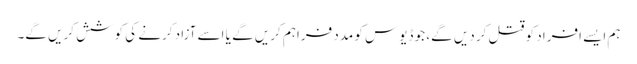
ہم ایسے افراد کو قتل کر دیں گے، جو ڈیوس کو مدد فراہم کریں گے یا اسے آزاد کرنے کی کوشش کریں گے۔